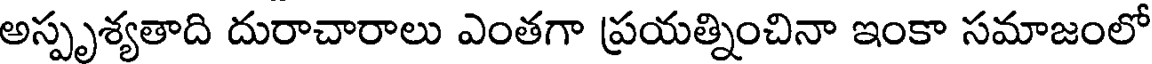
అస్పృశ్యతాది దురాచారాలు ఎంతగా ప్రయత్నించినా ఇంకా సమాజంలో